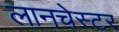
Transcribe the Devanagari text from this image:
लानचेस्टर